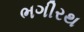
ભગીરથ